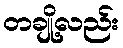
တချို့လည်း